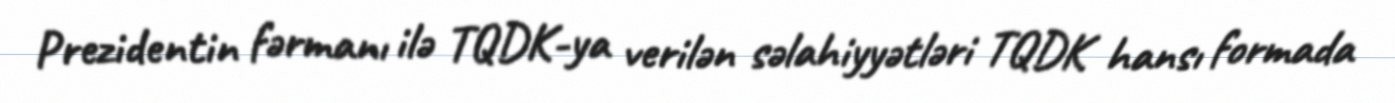
Prezidentin fərmanı ilə TQDK-ya verilən səlahiyyətləri TQDK hansı formada